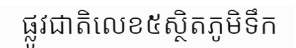
ផ្លូវជាតិលេខ៥ស្ថិតភូមិទឹក